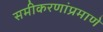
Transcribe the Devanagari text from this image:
समीकरणांप्रमाणे